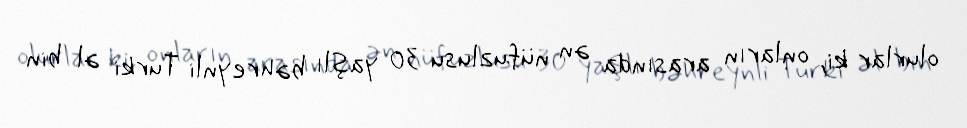
olurlar ki, onların arasında ən nüfuzlusu 30 yaşlı bəhreynli Turki əl bin